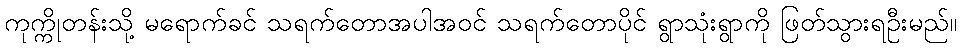
ကုက္ကိုတန်းသို့ မရောက်ခင် သရက်တောအပါအဝင် သရက်တောပိုင် ရွာသုံးရွာကို ဖြတ်သွားရဦးမည်။